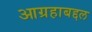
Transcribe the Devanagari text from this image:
आग्रहाबद्दल